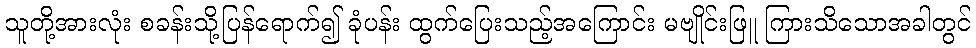
သူတို့အားလုံး စခန်းသို့ပြန်ရောက်၍ ခုံပန်း ထွက်ပြေးသည့်အကြောင်း မဗျိုင်းဖြူ ကြားသိသောအခါတွင်